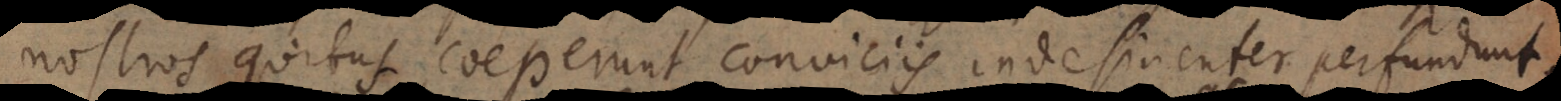
nostros quibus coeperunt conviciis indesinenter perfundunt.